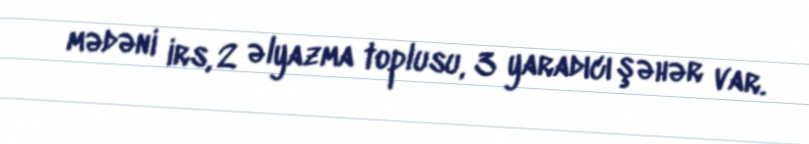
mədəni irs, 2 əlyazma toplusu, 3 yaradıcı şəhər var.